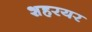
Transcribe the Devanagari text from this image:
शहरयर